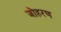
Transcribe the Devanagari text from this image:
जोहरण